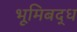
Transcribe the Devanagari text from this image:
भूमिबद्ध